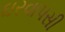
ઘરવાપસી